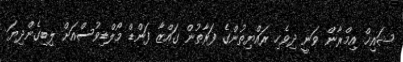
ޝައިޚް އިމްރާން ވަނީ ދިވެހި ރައްޔިތުންގެ ފަރާތުން ގައްޒާ ފަންޑް މޯލްޑިވުސްއަށް ލިބިގެންދިޔަ